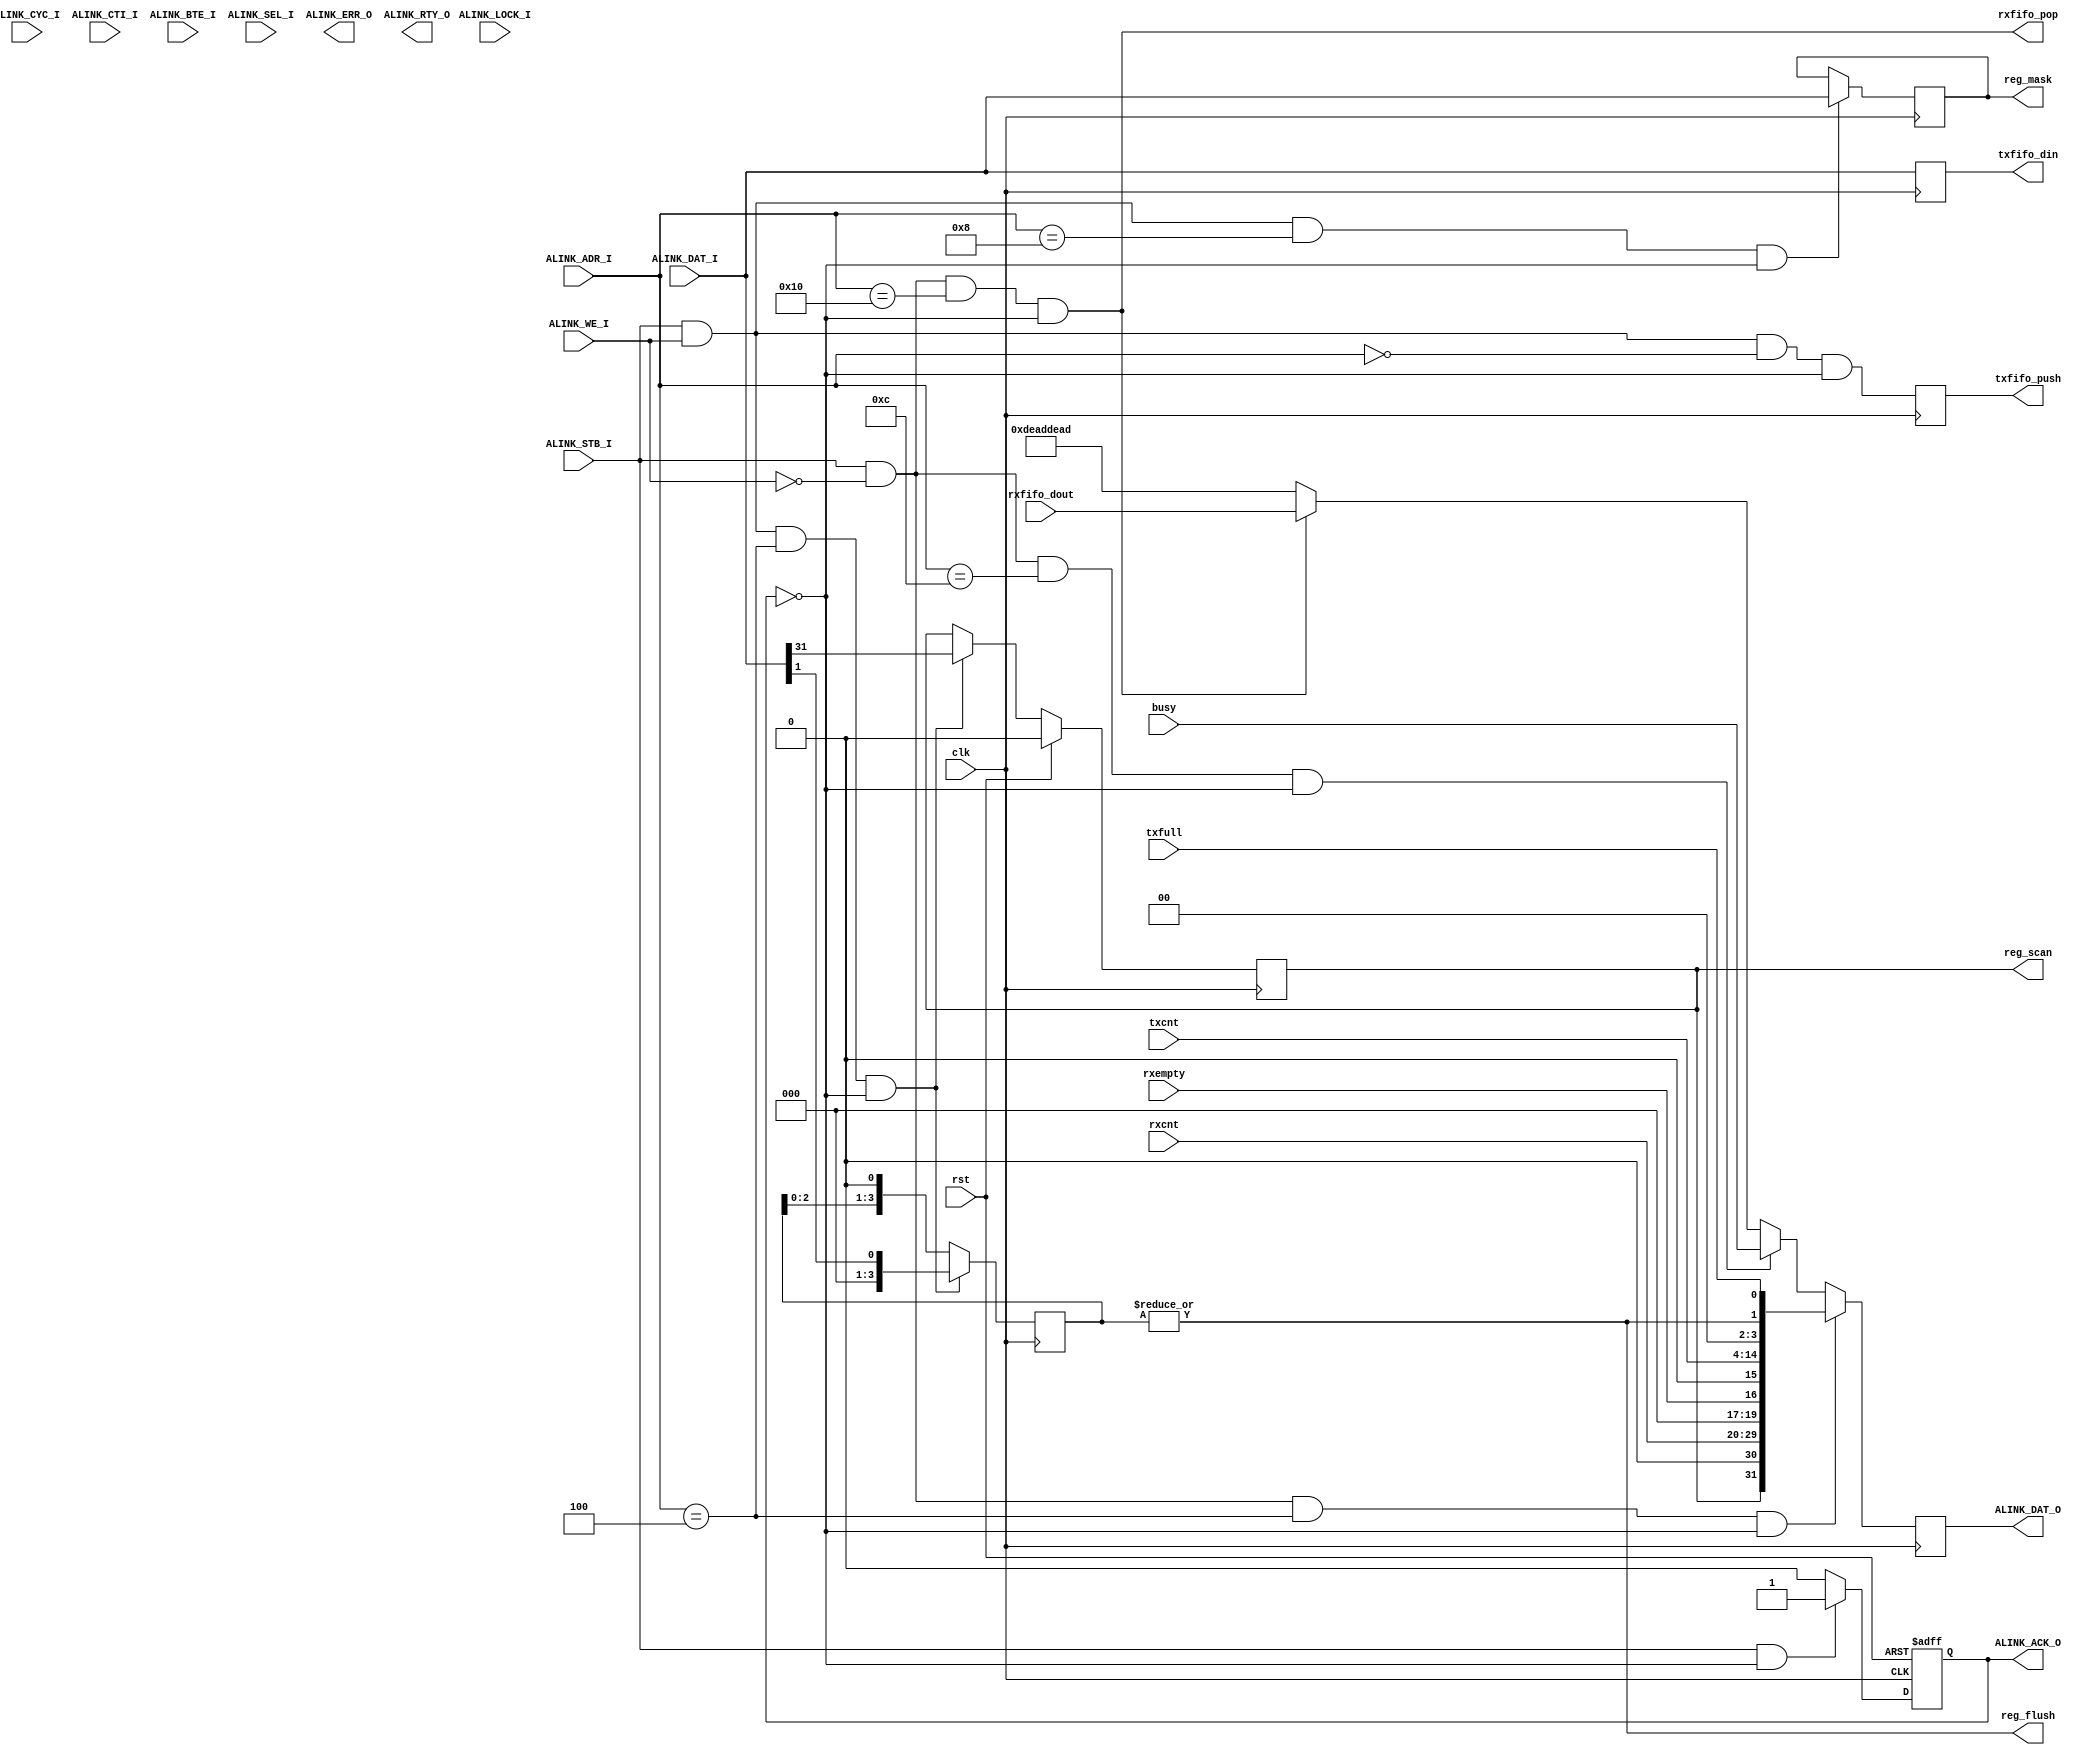
module alink_slave(
    // system clock and reset
    input                        clk         ,
    input                        rst         ,
    
    // wishbone interface signals
    input                        ALINK_CYC_I ,//NC
    input                        ALINK_STB_I ,
    input                        ALINK_WE_I  ,
    input                        ALINK_LOCK_I,//NC
    input  [2:0]                 ALINK_CTI_I ,//NC
    input  [1:0]                 ALINK_BTE_I ,//NC
    input  [5:0]                 ALINK_ADR_I ,
    input  [31:0]                ALINK_DAT_I ,
    input  [3:0]                 ALINK_SEL_I ,//NC
    output reg                   ALINK_ACK_O ,
    output                       ALINK_ERR_O ,//const 0
    output                       ALINK_RTY_O ,//const 0
    output reg [31:0]            ALINK_DAT_O ,

    output reg                   txfifo_push ,
    output reg [31:0]            txfifo_din  ,

    input  [9:0]                 rxcnt       ,
    input                        rxempty     ,
    input  [10:0]                txcnt       ,
    output                       reg_flush   ,
    input                        txfull      ,

    output reg [31:0]            reg_mask    ,
    output reg                   reg_scan    ,
    input  [31:0]                busy        ,

    output                       rxfifo_pop  ,
    input  [31:0]                rxfifo_dout   
);

parameter ALINK_TXFIFO  = 6'h00 ;
parameter ALINK_STATE   = 6'h04 ;
parameter ALINK_MASK    = 6'h08 ;
parameter ALINK_BUSY    = 6'h0c ;
parameter ALINK_RXFIFO  = 6'h10 ;

//-----------------------------------------------------
// WB bus ACK
//-----------------------------------------------------
always @ ( posedge clk or posedge rst ) begin
        if( rst )
                ALINK_ACK_O <= 1'b0 ;
        else if( ALINK_STB_I && (~ALINK_ACK_O) )
                ALINK_ACK_O <= 1'b1 ;
        else 
                ALINK_ACK_O <= 1'b0 ;
end


//-----------------------------------------------------
// ADDR MUX
//-----------------------------------------------------

wire alink_txfifo_wr_en = ALINK_STB_I & ALINK_WE_I  & ( ALINK_ADR_I == ALINK_TXFIFO ) & ~ALINK_ACK_O ;
wire alink_txfifo_rd_en = ALINK_STB_I & ~ALINK_WE_I & ( ALINK_ADR_I == ALINK_TXFIFO ) & ~ALINK_ACK_O ;

wire alink_state_wr_en = ALINK_STB_I & ALINK_WE_I  & ( ALINK_ADR_I == ALINK_STATE ) & ~ALINK_ACK_O ;
wire alink_state_rd_en = ALINK_STB_I & ~ALINK_WE_I & ( ALINK_ADR_I == ALINK_STATE ) & ~ALINK_ACK_O ;

wire alink_mask_wr_en = ALINK_STB_I & ALINK_WE_I  & ( ALINK_ADR_I == ALINK_MASK ) & ~ALINK_ACK_O ;
wire alink_mask_rd_en = ALINK_STB_I & ~ALINK_WE_I & ( ALINK_ADR_I == ALINK_MASK ) & ~ALINK_ACK_O ;

wire alink_busy_wr_en = ALINK_STB_I & ALINK_WE_I  & ( ALINK_ADR_I == ALINK_BUSY ) & ~ALINK_ACK_O ;
wire alink_busy_rd_en = ALINK_STB_I & ~ALINK_WE_I & ( ALINK_ADR_I == ALINK_BUSY ) & ~ALINK_ACK_O ;

wire alink_rxfifo_wr_en = ALINK_STB_I & ALINK_WE_I  & ( ALINK_ADR_I == ALINK_RXFIFO ) & ~ALINK_ACK_O ;
wire alink_rxfifo_rd_en = ALINK_STB_I & ~ALINK_WE_I & ( ALINK_ADR_I == ALINK_RXFIFO ) & ~ALINK_ACK_O ;


//-----------------------------------------------------
// Register.txfifo
//-----------------------------------------------------
always @ ( posedge clk ) begin
	txfifo_push <= alink_txfifo_wr_en ;
	txfifo_din  <= ALINK_DAT_I ;
end

//-----------------------------------------------------
// Register.state
//-----------------------------------------------------
reg [3:0] reg_flush_r ;
wire [31:0] rd_state = {reg_scan,1'b0,rxcnt[9:0],3'b0,rxempty,
			1'b0,txcnt[10:0],2'b0,reg_flush,txfull} ;

always @ ( posedge clk ) begin
	if( alink_state_wr_en )
		reg_flush_r <= {3'b0,ALINK_DAT_I[1]} ;
	else
		reg_flush_r <= reg_flush_r << 1 ;
end

always @ ( posedge clk ) begin
	if( rst )
		reg_scan <= 1'b0 ;
	else if( alink_state_wr_en )
		reg_scan <= ALINK_DAT_I[31] ;
end

assign reg_flush = |reg_flush_r ;

//-----------------------------------------------------
// Register.mask
//-----------------------------------------------------
always @ ( posedge clk ) begin
	if( alink_mask_wr_en )
		reg_mask <= ALINK_DAT_I ;
end

//-----------------------------------------------------
// Register.busy
//-----------------------------------------------------
wire [31:0] rd_busy = busy[31:0] ;

//-----------------------------------------------------
// Register.rxfifo
//-----------------------------------------------------
wire [31:0] rd_rxfifo = rxfifo_dout[31:0] ;

//-----------------------------------------------------
// WB read
//-----------------------------------------------------
assign rxfifo_pop = alink_rxfifo_rd_en ;

always @ ( posedge clk ) begin
	case( 1'b1 )
		alink_state_rd_en  : ALINK_DAT_O <= rd_state  ;
		alink_busy_rd_en   : ALINK_DAT_O <= rd_busy   ;
		alink_rxfifo_rd_en : ALINK_DAT_O <= rd_rxfifo ;
		default: ALINK_DAT_O <= 32'hdeaddead ; 
	endcase
end


endmodule